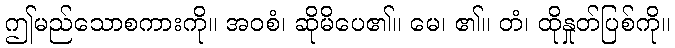
ဤမည်သောစကားကို။ အဝစံ၊ ဆိုမိပေ၏။ မေ၊ ၏။ တံ၊ ထိုနှုတ်ပြစ်ကို။